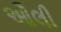
ઔલી